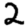
Digit: 2